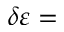
\delta \varepsilon =